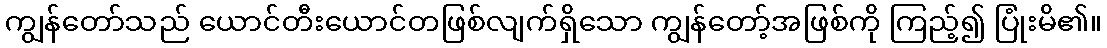
ကျွန်တော်သည် ယောင်တီးယောင်တဖြစ်လျက်ရှိသော ကျွန်တော့်အဖြစ်ကို ကြည့်၍ ပြုံးမိ၏။